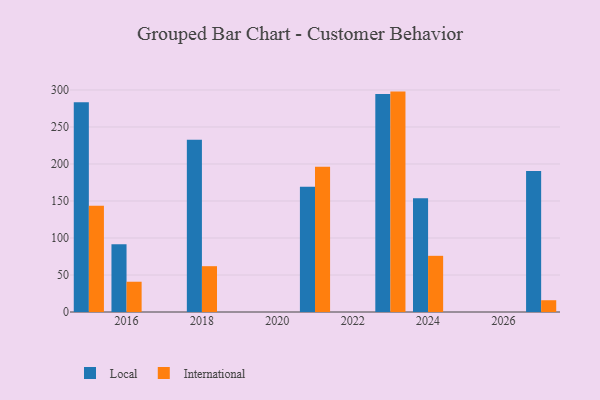
{"axis": {"x": "Year", "y": "Net Income (USD K)"}, "legend": ["International", "Local"], "data": [{"x": "2016", "y": 91.7, "type": "Local"}, {"x": "2016", "y": 40.9, "type": "International"}, {"x": "2015", "y": 283.4, "type": "Local"}, {"x": "2015", "y": 143.4, "type": "International"}, {"x": "2027", "y": 190.5, "type": "Local"}, {"x": "2027", "y": 15.9, "type": "International"}, {"x": "2023", "y": 294.6, "type": "Local"}, {"x": "2023", "y": 297.8, "type": "International"}, {"x": "2018", "y": 232.9, "type": "Local"}, {"x": "2018", "y": 61.9, "type": "International"}, {"x": "2024", "y": 153.8, "type": "Local"}, {"x": "2024", "y": 75.9, "type": "International"}, {"x": "2021", "y": 169.2, "type": "Local"}, {"x": "2021", "y": 196.2, "type": "International"}]}